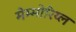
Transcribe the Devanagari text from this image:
मेम्मोरिय्ल